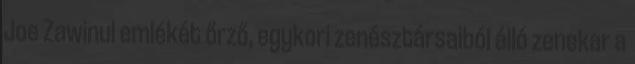
Joe Zawinul emlékét őrző, egykori zenésztársaiból álló zenekar a